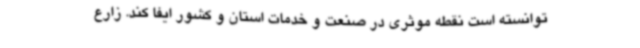
توانسته است نقطه موثری در صنعت و خدمات استان و کشور ایفا کند. زارع